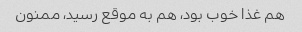
هم غذا خوب بود، هم به موقع رسید، ممنون